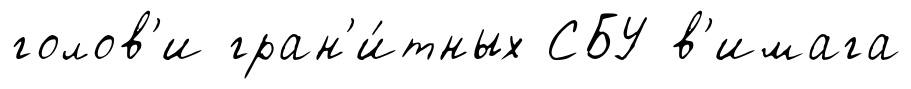
голов'и гран'и́тных СБУ в'имага